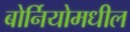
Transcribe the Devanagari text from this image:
बोर्नियोमधील